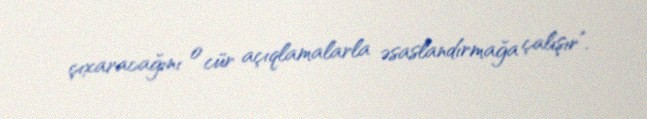
çıxaracağını o cür açıqlamalarla əsaslandırmağa çalışır”.